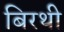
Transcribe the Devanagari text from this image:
बिरथी